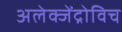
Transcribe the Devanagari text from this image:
अलेक्जेंद्रोविच